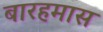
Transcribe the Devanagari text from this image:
बारहमास